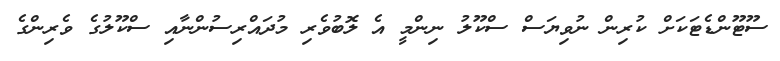
ސޫޓޫންޑެޓަކަށް ކުރިން ނުވިޔަސް ސްކޫލު ނިންމީ އެ ލޮބުވެރި މުދައްރިސުންނާއި ސްކޫލުގެ ވެރިންގެ